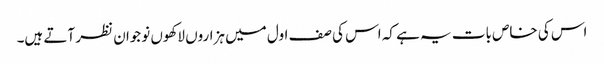
اس کی خاص بات یہ ہے کہ اس کی صف اول میں ہزاروں لاکھوں نوجوان نظر آتے ہیں۔